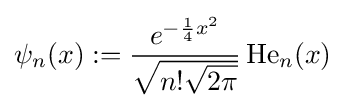
\psi _{n}(x):={\frac {e^{-{\frac {1}{4}}x^{2}}}{\sqrt {n!{\sqrt {2\pi }}}}}\operatorname {He} _{n}(x)